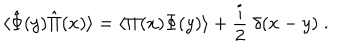
\langle \hat { \Phi } ( y ) \hat { \Pi } ( x ) \rangle = \langle \Pi ( x ) \Phi ( y ) \rangle + { \frac { i } { 2 } } \; \delta ( x - y ) \; .